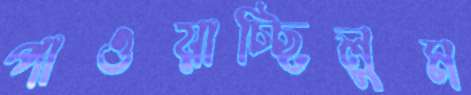
পাওয়াচ্ছিলুম